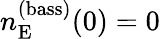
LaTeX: n_{\mathrm{E}}^{(\mathrm{bass})}(0)=0